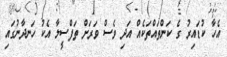
އެހާ ކުޑައިރު ގެ ކަންތައްތަކެއް އަދި ވެސް ވަރަށް ތަފްސީލާ އެކު ހަނދާނުގައި